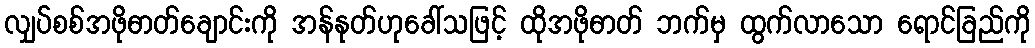
လျှပ်စစ်အဖိုဓာတ်ချောင်းကို အန်နုတ်ဟုခေါ်သဖြင့် ထိုအဖိုဓာတ် ဘက်မှ ထွက်လာသော ရောင်ခြည်ကို